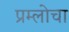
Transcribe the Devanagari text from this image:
प्रम्लोचा